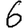
Digit: 6